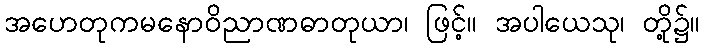
အဟေတုကမနောဝိညာဏဓာတုယာ၊ ဖြင့်။ အပါယေသု၊ တို့၌။